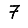
Digit: 7